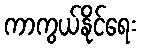
ကာကွယ်နိုင်ရေး